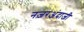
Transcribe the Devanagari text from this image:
नज़रअंदाजी